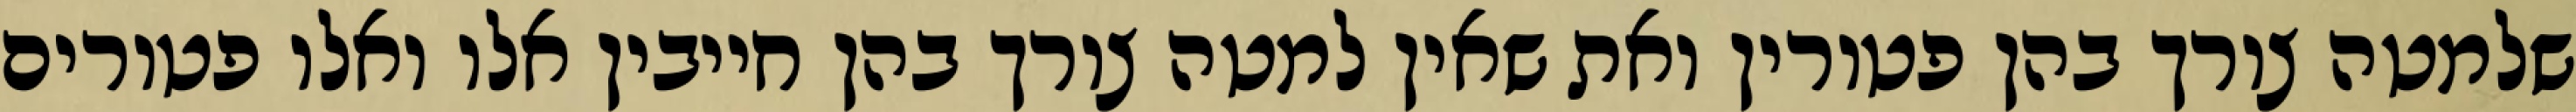
שלמטה צורך בהן פטורין ואת שאין למטה צורך בהן חייבין אלו ואלו פטורים